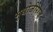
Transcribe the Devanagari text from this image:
मुधोजीराजे